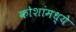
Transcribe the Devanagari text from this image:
कोशांमध्ये